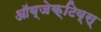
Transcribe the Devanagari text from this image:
ऑब्जेक्टिव्स्